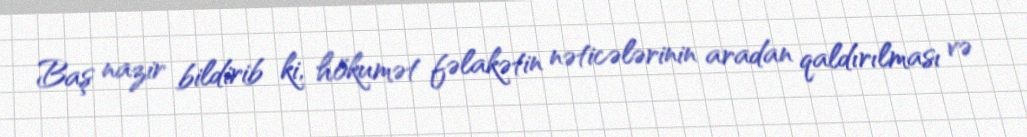
Baş nazir bildirib ki, hökumət fəlakətin nəticələrinin aradan qaldırılması və